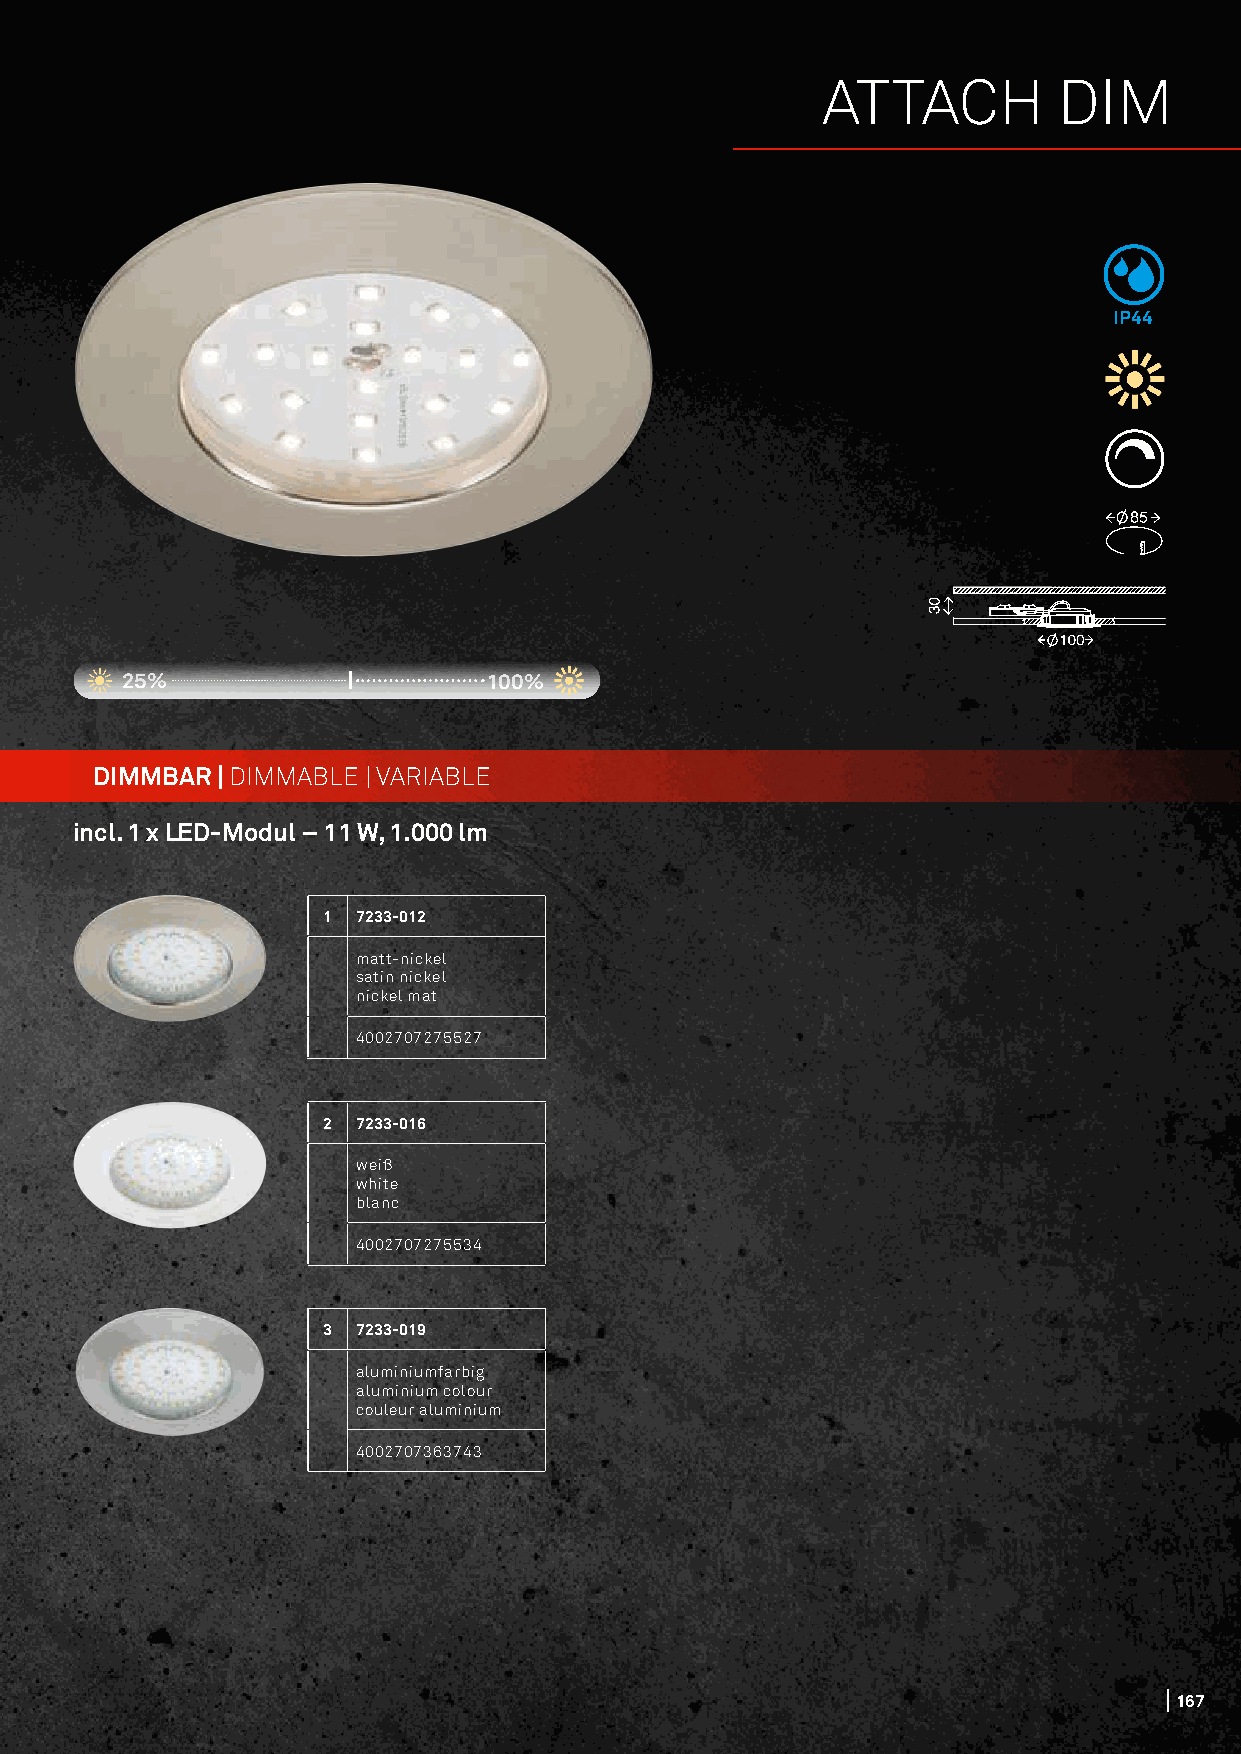
ATTACH          DIM
 IP44
 25%                     100%
 DIMMBAR | DIMMABLE | VARIABLE
 incl. 1 x LED-Modul – 11 W, 1.000 lm
 1  7233-012
 matt-nickel
 satin nickel
 nickel mat
 4002707275527
 2  7233-016
 weiß
 white
 blanc
 4002707275534
 3  7233-019
 aluminiumfarbig
 aluminium colour
 couleur aluminium
 4002707363743
 167